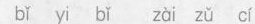
bǐ yi bǐ zài zǔ cí